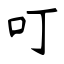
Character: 叮